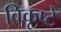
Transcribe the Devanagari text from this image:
विकृष्टे